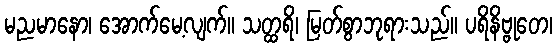
မညမာနော၊ အောက်မေ့လျက်။ သတ္ထရိ၊ မြတ်စွာဘုရားသည်။ ပရိနိဗ္ဗုတေ၊